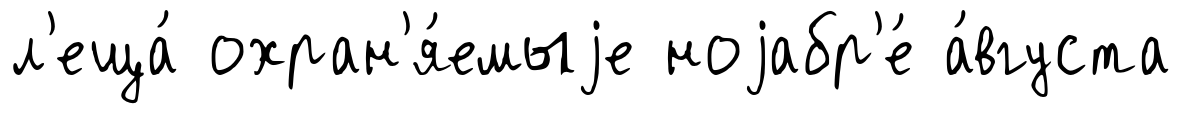
л'еща́ охран'я́емыjе ноjабр'е́ а́вгуста